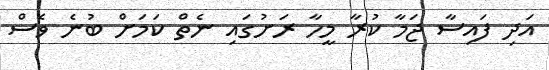
އަދި ފައިސާ ޖަމާ ކުރާ މީހާ ރަށުގައި ނެތް ކަމަށް ބުނެ ވެސް